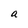
Character: a